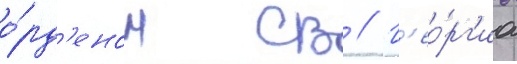
о́рд'еном св // Г'ео́рг'иа